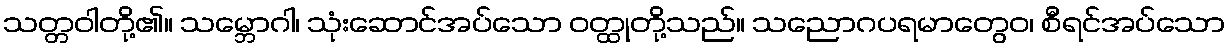
သတ္တဝါတို့၏။ သမ္ဘောဂါ၊ သုံးဆောင်အပ်သော ဝတ္ထုတို့သည်။ သညောဂပရမာတွေဝ၊ စီရင်အပ်သော